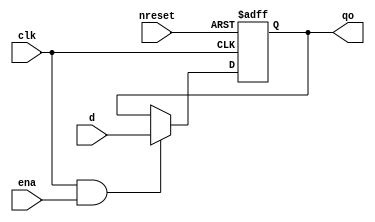
module reg32
(
 input[31:0] d,
 input clk,
 input nreset,
 input ena,
 output [31:0] qo
 );

	reg[31:0] q;
	wire reset;
	
	assign reset = ~nreset;
 
	always @(posedge clk, posedge reset) begin
		if (reset) begin
			q <= 0;
		end
		else if (clk && ena) begin
			q <= d;
		end
	end

	assign qo = q;


endmodule